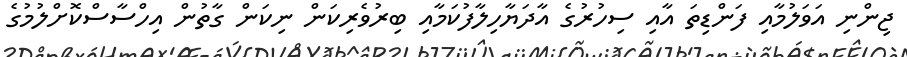
ޖިންނި އަވަލުމާއި ފަންޑިތަ އާއި ސިހުރުގެ އާދަޔާހިލާފުކަމާއި ބިރުވެރިކަން ނިކަން ގާތުން އިހްސާސްކޮށްލުމުގެ